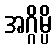
အဂ္ဂိမ္ပိ